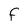
Character: F